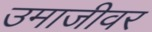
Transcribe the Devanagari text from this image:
उमाजीवर